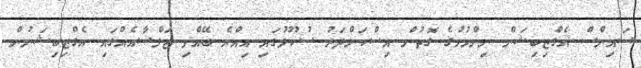
ސައިންސް އެގްޒިބިޝަން ނިންމުމުގެ ގޮތުން އިސްކަންދަރު ސުކޫލުގައި އިއްޔެ ބޭއްވި ޖަލްސާއެއްގައި އެގްޒިބިޝަނުން